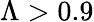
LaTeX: \Lambda>0.9